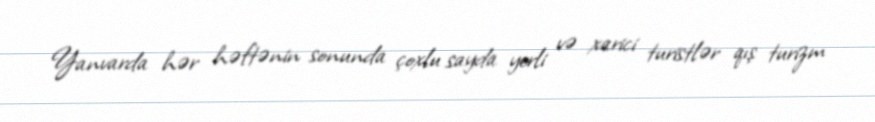
Yanvarda hər həftənin sonunda çoxlu sayda yerli və xarici turistlər qış turizm